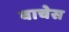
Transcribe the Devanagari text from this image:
वाचेस